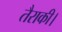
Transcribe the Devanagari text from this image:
तैराकी।